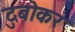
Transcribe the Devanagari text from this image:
दुबोकर